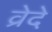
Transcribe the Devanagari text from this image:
व्रेदे